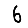
Digit: 6